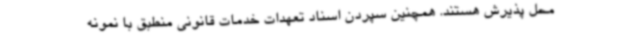
محل پذیرش هستند. همچنین سپردن اسناد تعهدات خدمات قانونی منطبق با نمونه